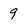
Character: 9